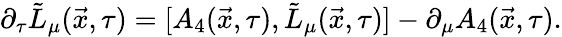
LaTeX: \partial_{\tau}\tilde{L}_{\mu}(\vec{x},\tau)=[A_{4}(\vec{x},\tau),\tilde{L}_{\mu}(\vec{x},\tau)]-\partial_{\mu}A_{4}(\vec{x},\tau).